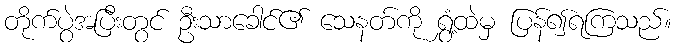
တိုက်ပွဲအပြီးတွင် ဦးသာခေါင်၏ သေနတ်ကို ရွှံ့ထဲမှ ပြန်၍ရကြသည်။